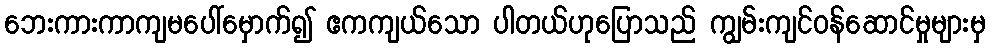
ဘေးကားကာကျမပေါ်မှောက်၍ ဧကကျယ်သော ပါတယ်ဟုပြောသည် ကျွမ်းကျင်ဝန်ဆောင်မှုများမှ